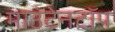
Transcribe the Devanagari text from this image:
माउंटेनटॉप